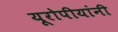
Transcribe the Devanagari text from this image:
यूरोपीयांनी